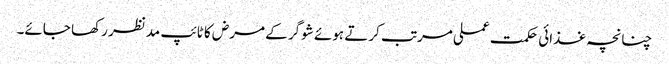
چنانچہ غذائی حکمت عملی مرتب کرتے ہوئے شوگر کے مرض کا ٹائپ مدنظر رکھا جائے۔